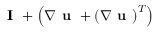
\textbf { I } + \left( \nabla \textbf { u } + \left( \nabla \textbf { u } \right) ^ { T } \right)